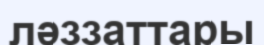
ләззаттары